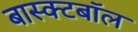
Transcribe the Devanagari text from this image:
बास्क्टबॉल